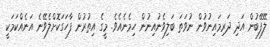
ލޭފޭބުން އަދި ދަރިމައިނުވުން ނުވަތަ ބަލިވެނުއިނުން ހިމެނެއެވެ. މީގެ އިތުރުން ފާހަގަކޮށްލެވޭނެ އަނެއްކަމަކީ